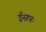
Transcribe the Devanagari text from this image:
ईसपः